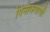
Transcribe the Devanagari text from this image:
पिनाकपाणी